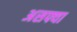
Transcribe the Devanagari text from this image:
असफ्या